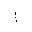
Letter: _alif